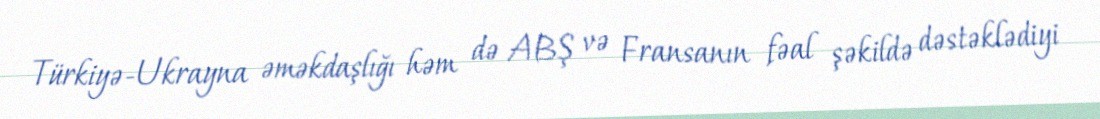
Türkiyə-Ukrayna əməkdaşlığı həm də ABŞ və Fransanın fəal şəkildə dəstəklədiyi